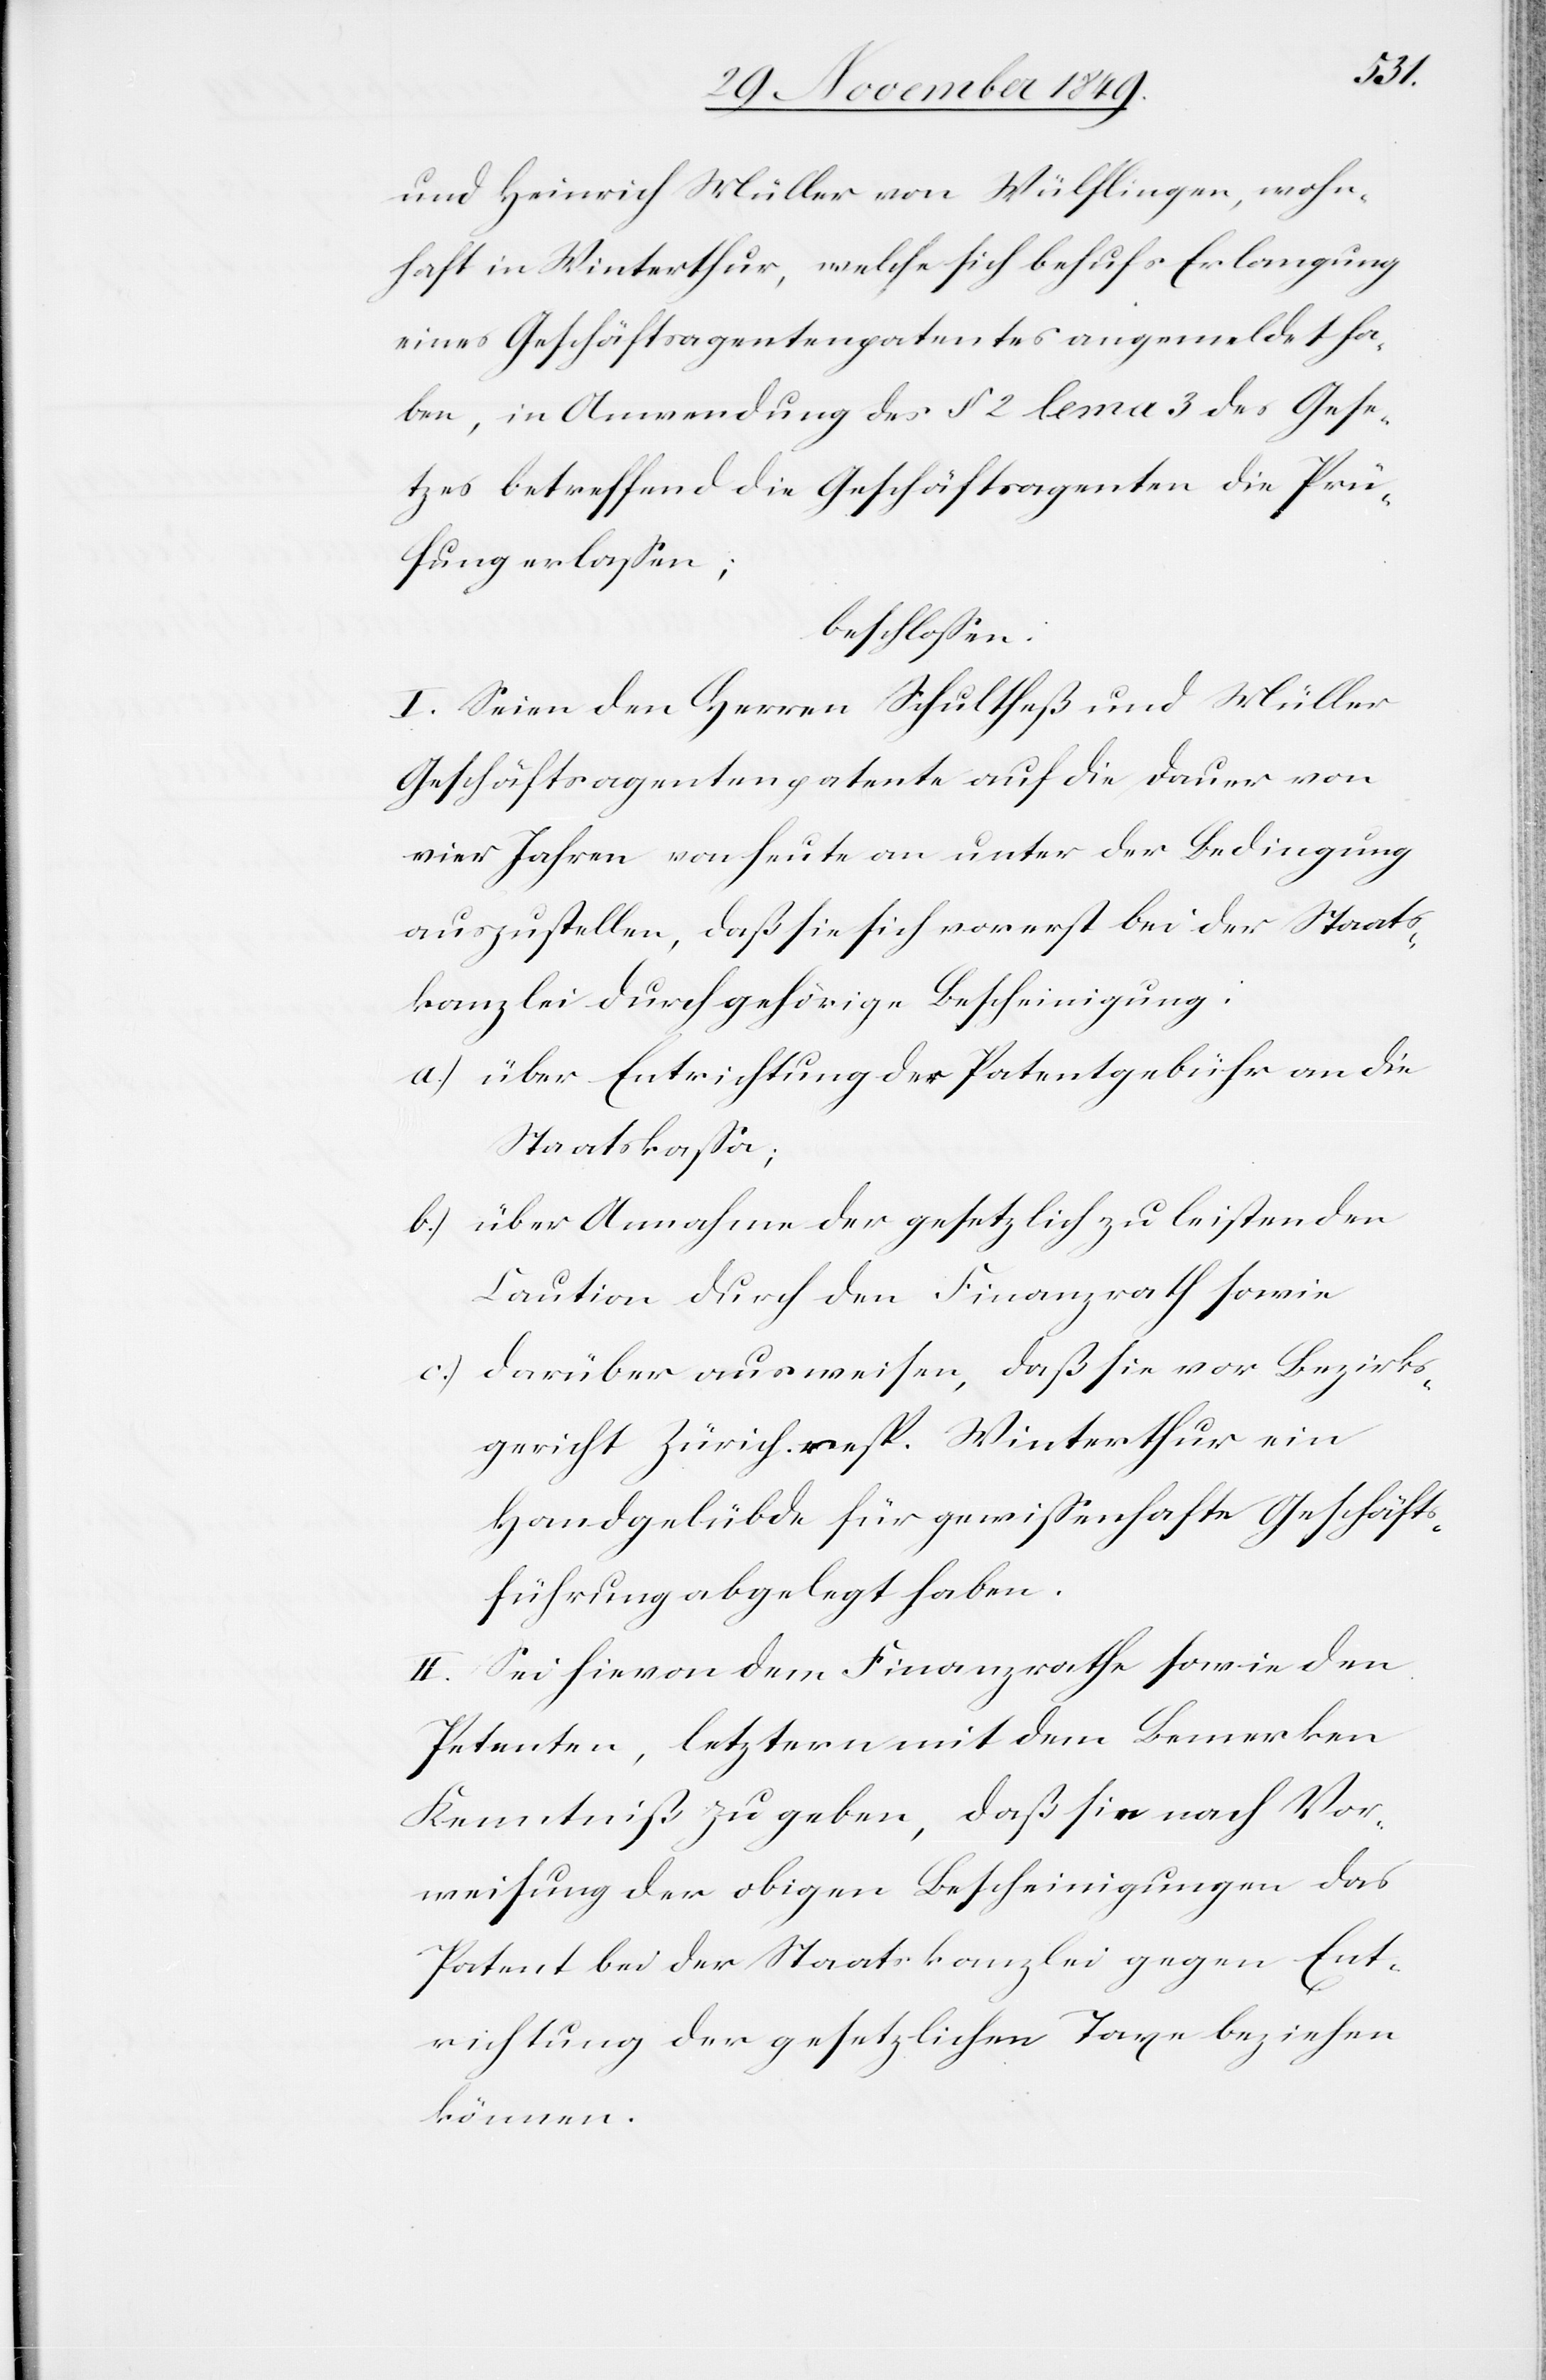
und Heinrich Müller von Wülflingen, wohn¬
haft Winterthur, welche sich behufs Erlangung
eines Geschäftsagentenpatentes angemeldet ha¬
be, in Anwendung des § 2 lema 3 des Gese¬
tzes betreffend die Geschäftsagenten die Prü¬
fung erlaßen;
beschloßen:
I. Seien dem Herrn Schultheß und Müller
Geschäftsagentenpatente auf die Dauer von
vier Jahren von heute an unter der Bedingung
auszustellen, daß sie sich vorerst bei der Staats¬
kanzlei durch gehörige Bescheinigung:
a) über Entrichtung der Patentgebühr an die
Staatskaßa;
b.) über Annahme der gesetzlich zu leistenden
Caution durch den Finanzrath sowie
c.) darüber ausweisen, daß sie vor Bezirks¬
gericht Zürich resp. Winterthur ein
Handgelübde für gewißenhafte Geschäfts¬
führung abgelegt haben.
II. Sei hievon dem Finanzrathe sowie den
Petenten, letztern mit dem Bemerken
Kenntniß zu geben, daß sie nach Vor¬
weisung der obigen Bescheinigungen das
Patent bei der Staatskanzlei gegen Ent¬
richtung der gesetzlichen Taxe beziehen
können.